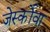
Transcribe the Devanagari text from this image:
जेर्स्कोवा